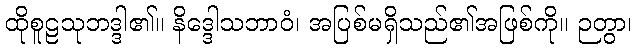
ထိုစူဠသုဘဒ္ဒါ၏။ နိဒ္ဒေါသဘာဝံ၊ အပြစ်မရှိသည်၏အဖြစ်ကို။ ဉတွာ၊